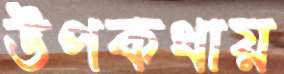
উপকথায়